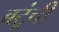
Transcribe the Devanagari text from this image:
बटूंची